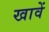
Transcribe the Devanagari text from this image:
खावें